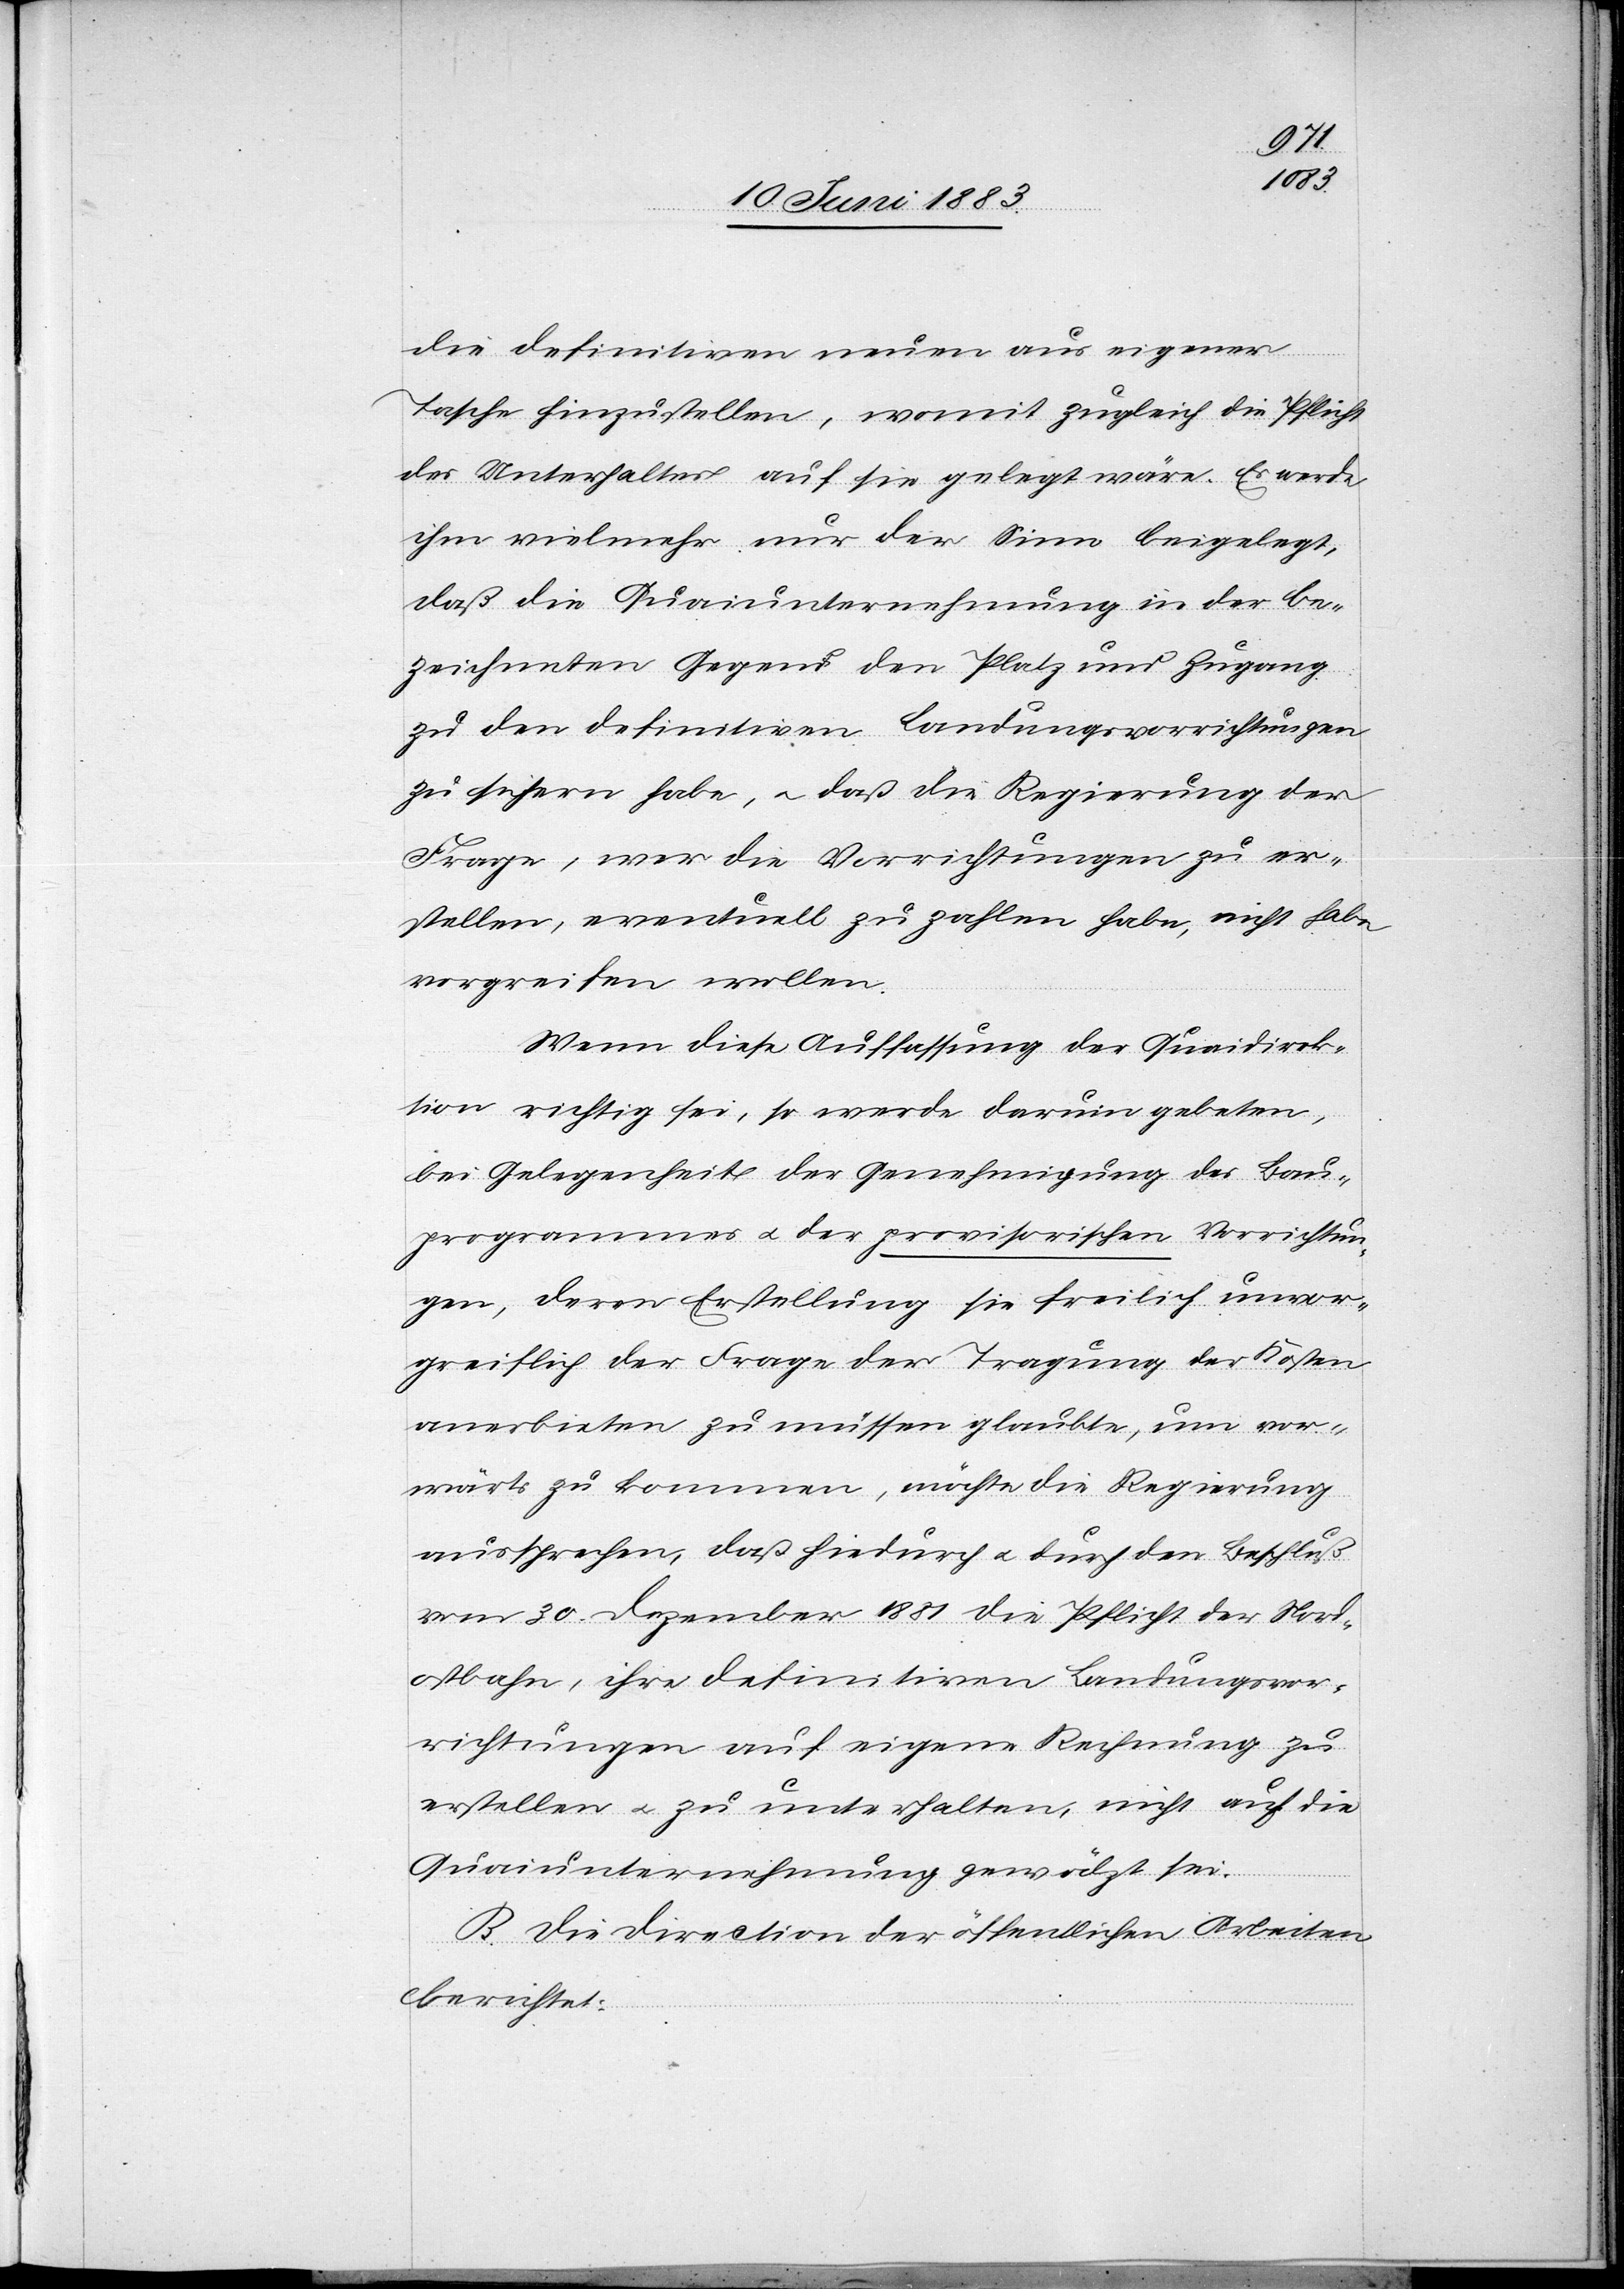
die definitiven neuen aus eigener
Tasche hinzustellen, womit zugleich die Pflicht
des Unterhaltes auf sie gelegt wäre. Es werde
ihm vielmehr nur der Sinn beigelegt,
daß die Quaiunternehmung in der be¬
zeichneten Gegend den Platz und Zugang
zu den definitiven Landungsvorrichtungen
zu sichern habe, u. daß die Regierung der
Frage, wer die Vorrichtungen zu er¬
stellen, eventuell zu zahlen habe, nicht habe
vorgreifen wollen.
Wenn diese Auffassung der Quaidirek¬
tion richtig sei, so werde darum gebeten,
bei Gelegenheit der Genehmigung des Bau¬
programmes u. der provisorischen Vorrichtun¬
gen, deren Erstellung sie freilich unvor¬
greiflich der Frage der Tragung der Kosten
anerbieten zu müssen glaubte, um vor¬
wärts zu kommen, möchte die Regierung
aussprechen, daß hiedurch u. durch den Beschluß
vom 30. Dezember 1881 die Pflicht der Nord¬
ostbahn, ihre definitiven Landungsvor¬
richtungen auf eigene Rechnung zu
erstellen u. zu unterhalten, nicht auf die
Quaiunternehmung gewälzt sei.
B. Die Direction der öffentlichen Arbeiten
berichtet: